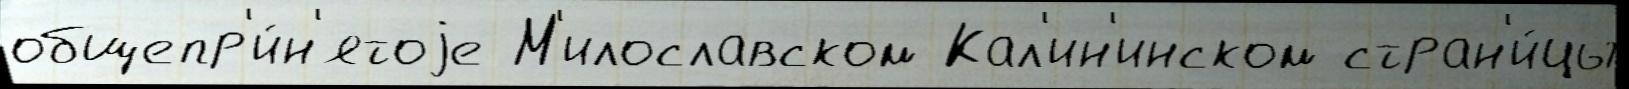
общепр'и́н'ятоjе М'илославском Кал'ин'инском стран'и́цы